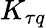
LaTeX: K_{\tau q}